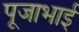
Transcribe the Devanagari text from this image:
पूजाभाई